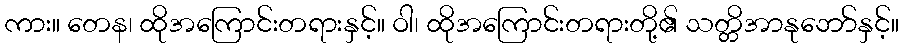
ကား။ တေန၊ ထိုအကြောင်းတရားနှင့်။ ဝါ၊ ထိုအကြောင်းတရားတို့၏ သတ္တိအာနုဘော်နှင့်။